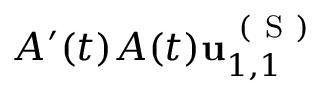
A ^ { \prime } ( t ) A ( t ) \mathbf { u } _ { 1 , 1 } ^ { \mathrm { ~ ( ~ S ~ ) ~ } }